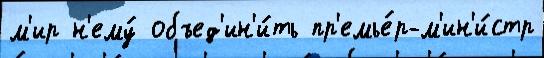
м'ир н'ему́ объед'ин'и́ть пр'емье́р-м'ин'и́стр